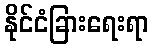
နိုင်ငံခြားရေးရာ